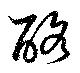
酪